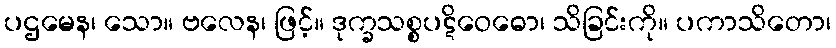
ပဌမေန၊ သော။ ဗလေန၊ ဖြင့်။ ဒုက္ခသစ္စပဋိဝေဓော၊ သိခြင်းကို။ ပကာသိတော၊